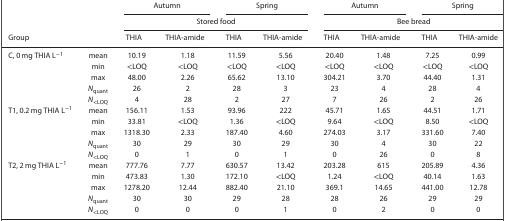
<table><thead><tr><td rowspan="3"><b>Group</b></td><td rowspan="3"></td><td colspan="2"><b>Autumn</b></td><td colspan="2"><b>Spring</b></td><td colspan="2"><b>Autumn</b></td><td colspan="2"><b>Spring</b></td></tr><tr><td colspan="4"><b>Stored food</b></td><td colspan="4"><b>Bee bread</b></td></tr><tr><td><b>THIA</b></td><td><b>THIA‐amide</b></td><td><b>THIA</b></td><td><b>THIA‐amide</b></td><td><b>THIA</b></td><td><b>THIA‐amide</b></td><td><b>THIA</b></td><td><b>THIA‐amide</b></td></tr></thead><tbody><tr><td rowspan="5">C, 0 mg THIA L<sup>−1</sup></td><td>mean</td><td>10.19</td><td>1.18</td><td>11.59</td><td>5.56</td><td>20.40</td><td>1.48</td><td>7.25</td><td>0.99</td></tr><tr><td>min</td><td>&lt;LOQ</td><td>&lt;LOQ</td><td>&lt;LOQ</td><td>&lt;LOQ</td><td>&lt;LOQ</td><td>&lt;LOQ</td><td>&lt;LOQ</td><td>&lt;LOQ</td></tr><tr><td>max</td><td>48.00</td><td>2.26</td><td>65.62</td><td>13.10</td><td>304.21</td><td>3.70</td><td>44.40</td><td>1.31</td></tr><tr><td><i>N</i><sub>quant</sub></td><td>26</td><td>2</td><td>28</td><td>3</td><td>23</td><td>4</td><td>28</td><td>4</td></tr><tr><td><i>N</i><sub>&lt;LOQ</sub></td><td>4</td><td>28</td><td>2</td><td>27</td><td>7</td><td>26</td><td>2</td><td>26</td></tr><tr><td rowspan="5">T1, 0.2 mg THIA L<sup>−1</sup></td><td>mean</td><td>156.11</td><td>1.53</td><td>93.96</td><td>222</td><td>45.71</td><td>1.65</td><td>44.51</td><td>1.71</td></tr><tr><td>min</td><td>33.81</td><td>&lt;LOQ</td><td>1.36</td><td>&lt;LOQ</td><td>9.64</td><td>&lt;LOQ</td><td>8.50</td><td>&lt;LOQ</td></tr><tr><td>max</td><td>1318.30</td><td>2.33</td><td>187.40</td><td>4.60</td><td>274.03</td><td>3.17</td><td>331.60</td><td>7.40</td></tr><tr><td><i>N</i><sub>quant</sub></td><td>30</td><td>29</td><td>30</td><td>29</td><td>30</td><td>4</td><td>30</td><td>22</td></tr><tr><td><i>N</i><sub>&lt;LOQ</sub></td><td>0</td><td>1</td><td>0</td><td>1</td><td>0</td><td>26</td><td>0</td><td>8</td></tr><tr><td rowspan="5">T2, 2 mg THIA L<sup>−1</sup></td><td>mean</td><td>777.76</td><td>7.77</td><td>630.57</td><td>13.42</td><td>203.28</td><td>615</td><td>205.89</td><td>4.36</td></tr><tr><td>min</td><td>473.83</td><td>1.30</td><td>172.10</td><td>&lt;LOQ</td><td>1.24</td><td>&lt;LOQ</td><td>40.14</td><td>1.63</td></tr><tr><td>max</td><td>1278.20</td><td>12.44</td><td>882.40</td><td>21.10</td><td>369.1</td><td>14.65</td><td>441.00</td><td>12.78</td></tr><tr><td><i>N</i><sub>quant</sub></td><td>30</td><td>30</td><td>29</td><td>28</td><td>28</td><td>26</td><td>29</td><td>29</td></tr><tr><td><i>N</i><sub>&lt;LOQ</sub></td><td>0</td><td>0</td><td>0</td><td>1</td><td>0</td><td>2</td><td>0</td><td>0</td></tr></tbody></table>